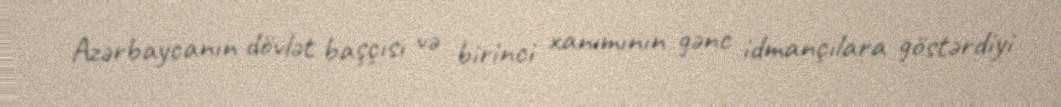
Azərbaycanın dövlət başçısı və birinci xanımının gənc idmançılara göstərdiyi